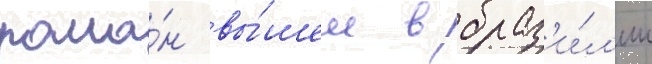
рома́н вы́шел в браз'и́л'ии